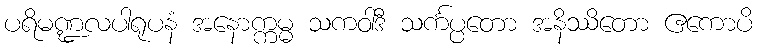
ပရိမဏ္ဍလပါရုပနံ အနောက္ကမ္မ သကဝါဒီ သင်္ကပ္ပတော အနိဿိတော ဧကောပိ